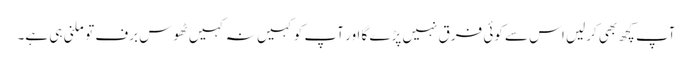
آپ کچھ بھی کرلیں اس سے کوئی فرق نہیں پڑے گا اور آپ کو کہیں نہ کہیں ٹھوس برف تو ملنی ہی ہے۔